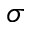
\sigma